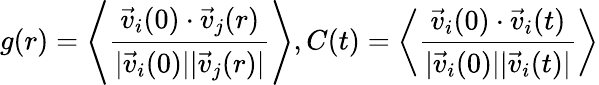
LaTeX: g(r)=\left\langle\frac{\vec{v}_{i}(0)\cdot\vec{v}_{j}(r)}{|\vec{v}_{i}(0)||\vec{v}_{j}(r)|}\right\rangle,C(t)=\left\langle\frac{\vec{v}_{i}(0)\cdot\vec{v}_{i}(t)}{|\vec{v}_{i}(0)||\vec{v}_{i}(t)|}\right\rangle